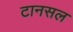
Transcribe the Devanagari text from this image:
टानसल